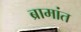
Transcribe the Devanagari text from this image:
ब्रामांत